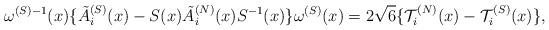
LaTeX: \begin{align*}\omega^{(S)-1}(x) \{ \tilde{A}_i^{(S)}(x) - S(x) \tilde{A}_i^{(N)}(x) S^{-1}(x) \} \omega^{(S)}(x) = 2 \sqrt{6} \{ {\cal T}_i^{(N)}(x) - {\cal T}_i^{(S)}(x) \},\end{align*}